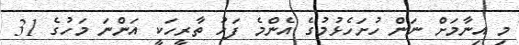
މި އިނާމަށް ނަން ހުށަހެޅުމުގެ އެންމެ ފަހު ތާރީހަކީ އަންނަ މަހުގެ 31